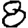
Digit: 8